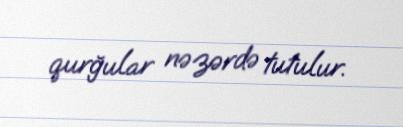
qurğular nəzərdə tutulur.